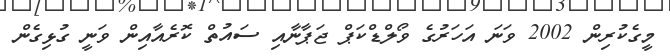
މީގެކުރިން 2002 ވަނަ އަހަރުގެ ވޯލްޑްކަޕް ޖަޕާނާއި ސައުތް ކޮރެއާއިން ވަނީ ގުޅިގެން